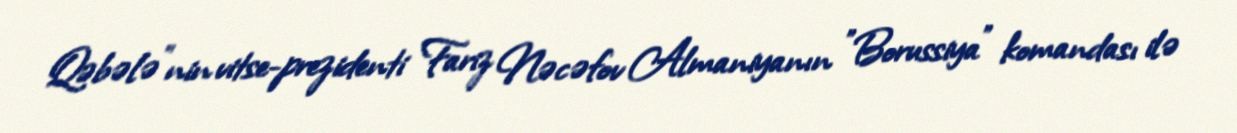
Qəbələ"nin vitse-prezidenti Fariz Nəcəfov Almaniyanın "Borussiya" komandası ilə